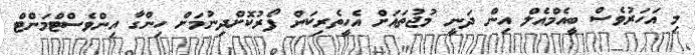
މި އަހަރުވެސް ބީއެމްއެލް އިން ދަނީ މުޖުތައަށް އެހީތެރިކަން ފޯރުކޮށްދިނުމަށް ހިންގާ އިންވެސްޓްމަންޓް